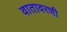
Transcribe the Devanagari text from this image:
वातावरणी